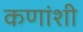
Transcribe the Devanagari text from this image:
कणांशी